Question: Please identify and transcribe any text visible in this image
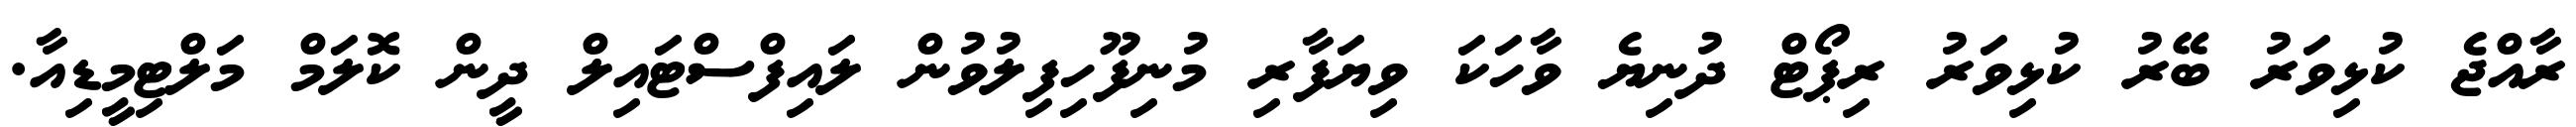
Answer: ރާއްޖެ ކުޅިވަރު ބޭރު ކުޅިވަރު ރިޕޯޓް ދުނިޔެ ވާހަކަ ވިޔަފާރި މުނިފޫހިފިލުވުން ލައިފްސްޓައިލް ދީން ކޮލަމް މަލްޓިމީޑިއާ.